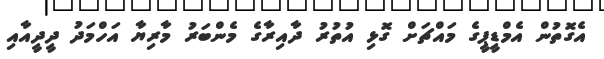
އެގޮތުން އެމްޑީޕީގެ މައްޗަށް ގޮޅި އުތުރު ދާއިރާގެ މެންބަރު މާރިޔާ އަހްމަދު ދީދީއާއި